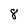
Character: 8